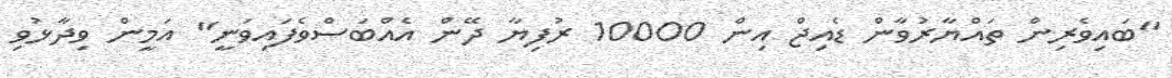
"ބައިވެރިން ތައްޔާރުވާން ޑެއިޖް އިން 10000 ރުފިޔާ ދޭން އެއްބަސްވެފައިވަނީ" އަމީން ވިދާޅުވި